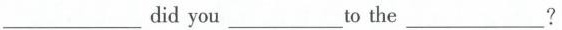
___ did you ___ to the ___ ?